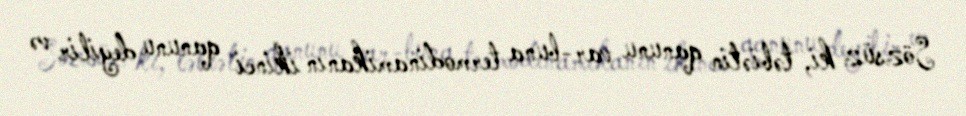
Sözsüz ki, təbiətin qanunu var-buna termodinamikanın ikinci qanunu deyilir və